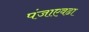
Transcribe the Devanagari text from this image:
पंजाएवढा